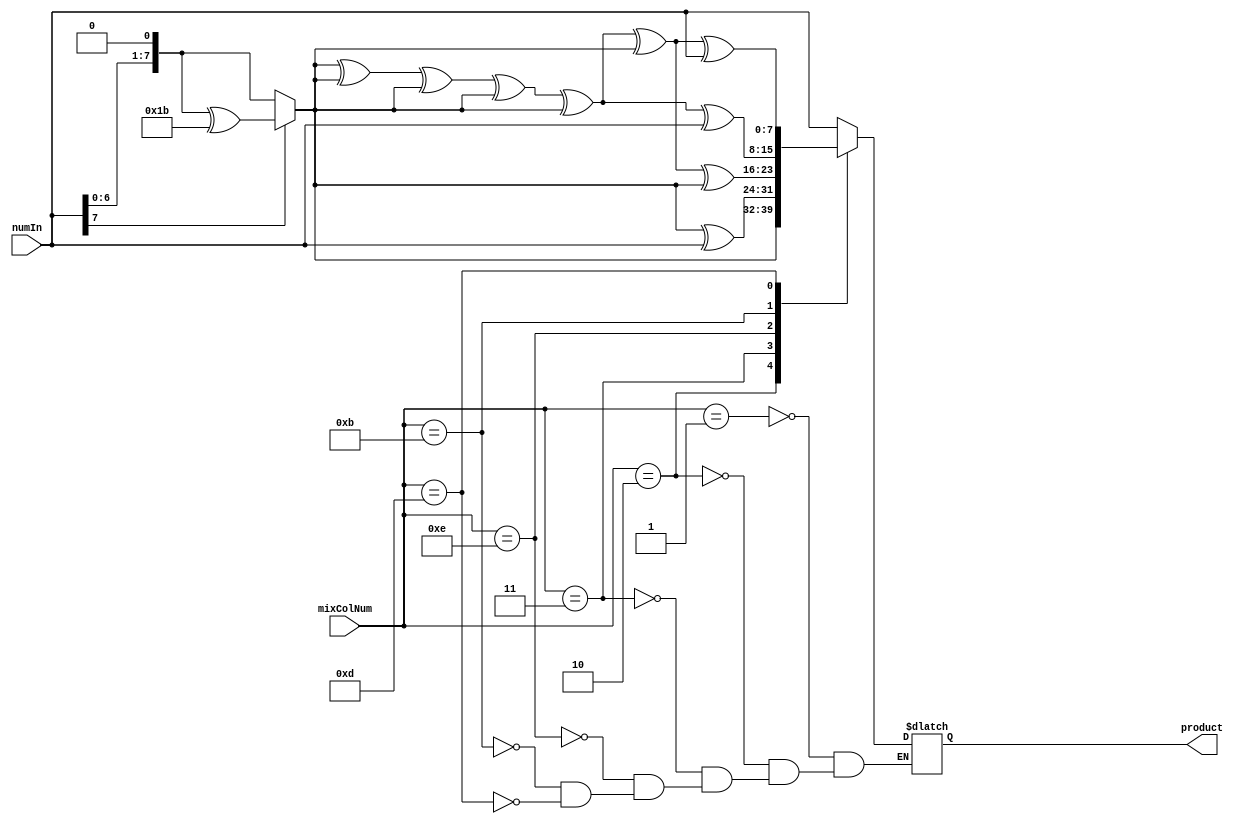
module GF_Mult(output [7:0] product, input [7:0] numIn, input [7:0] mixColNum);

reg [7:0] temp;
always @ (numIn or mixColNum) begin
	case (mixColNum)
	8'h01: temp = numIn;
	8'h02: temp = Mult2(numIn);
	8'h03: temp = Mult3(numIn);
	8'h0e: temp = MultE(numIn);
	8'h0b: temp = MultB(numIn);
	8'h0d: temp = MultD(numIn);
	endcase
end

assign product = temp;

//////////////////////////////////////////////////////////////////////////////

function [8:0] Mult2 (input [7:0] a);
begin
	Mult2 = {a[6:0],1'b0};
	Mult2 = (a[7] == 1)? Mult2^8'h1b: Mult2;
end
endfunction


function [8:0] Mult3 (input [7:0] a);
begin
	 Mult3 = Mult2(a) ^ a;
end
endfunction 

function [8:0] MultE (input [7:0] a);
begin
	 MultE = Mult2(a)^Mult2(a)^Mult2(a)^Mult2(a)^Mult2(a)^Mult2(a)^Mult2(a);
end
endfunction

function [8:0] MultB (input [7:0] a);
begin
	 MultB = Mult2(a)^Mult2(a)^Mult2(a)^Mult2(a)^Mult2(a)^a;
end
endfunction 

function [8:0] MultD (input [7:0] a);
begin
	 MultD = Mult2(a)^Mult2(a)^Mult2(a)^Mult2(a)^Mult2(a)^Mult2(a)^a;
end
endfunction  
endmodule